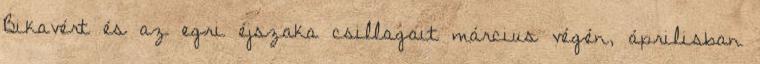
Bikavért és az egri éjszaka csillagait március végén, áprilisban